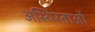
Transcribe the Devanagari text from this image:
अस्थिरताओं